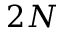
2 N